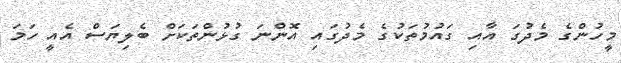
މީހުންގެ މެދުގަ އާއި ގައުމުތަކުގެ މެދުގައި އޮންނަ ގުޅުންތަކަށް ބެލިޔަސް އެއީ ހަމަ